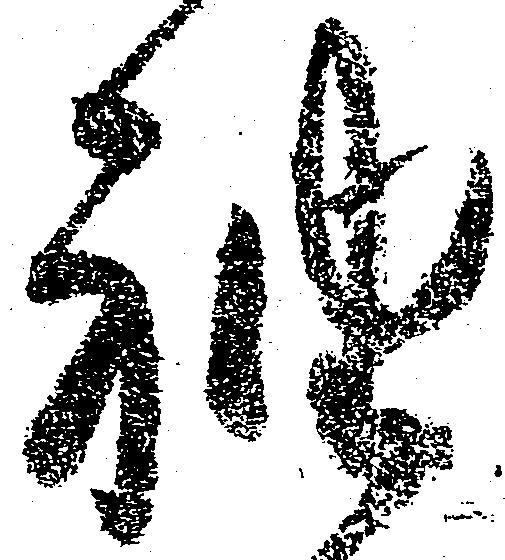
袖